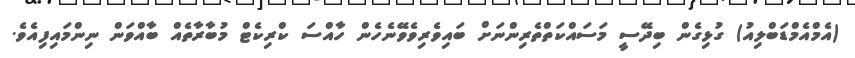
(އެމްއެމްޑަބްލިއު) ގުޅިގެން ބިދޭސީ މަސައްކަތްތެރިންނަށް ބައިވެރިވެވޭނެހެން ހާއްސަ ކްރިކެޓް މުބާރާތެއް ބާއްވަން ނިންމައިފިއެވެ.